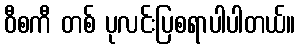
ဝီစကီ တစ် ပုလင်းပြစရာပါပါတယ်။